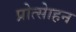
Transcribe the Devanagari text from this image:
प्रोत्साेहन